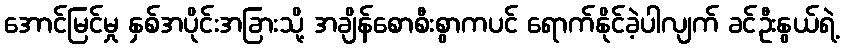
အောင်မြင်မှု နှစ်အပိုင်းအခြားသို့ အချိန်စောစီးစွာကပင် ရောက်နိုင်ခဲ့ပါလျက် ခင်ဦးနွယ်ရဲ့